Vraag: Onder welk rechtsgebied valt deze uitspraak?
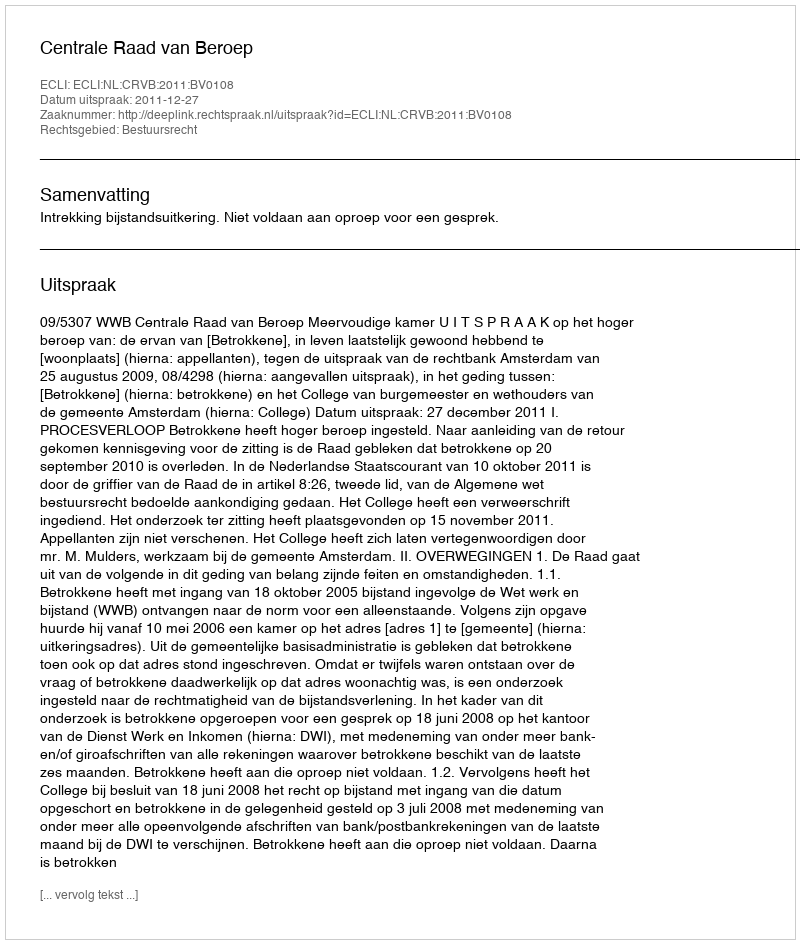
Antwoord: Bestuursrecht